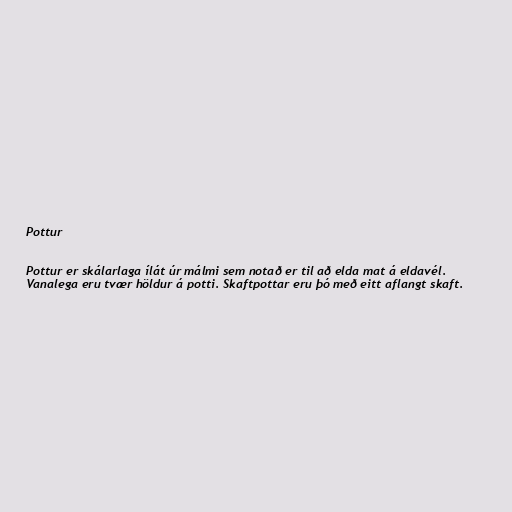
Pottur

Pottur er skálarlaga ílát úr málmi sem notað er til að elda mat á eldavél.
Vanalega eru tvær höldur á potti. Skaftpottar eru þó með eitt aflangt skaft.